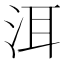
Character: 洱